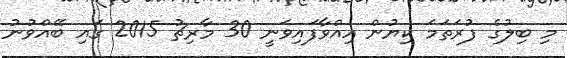
މި ބިލުގެ ފުރަތަމަ ކިޔުން އިއްވާފައިވަނީ 30 މާރިޗު 2015 ގައި ބޭއްވުނު